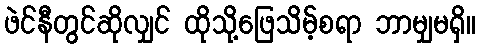
ဖဲင်နီတွင်ဆိုလျှင် ထိုသို့ဖြေသိမ့်စရာ ဘာမျှမရှိ။